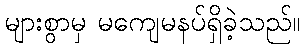
များစွာမှ မကျေမနပ်ရှိခဲ့သည်။